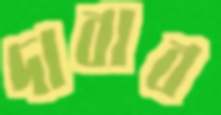
দাবাব